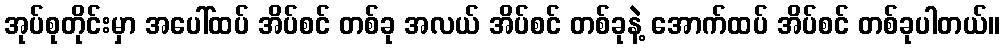
အုပ်စုတိုင်းမှာ အပေါ်ထပ် အိပ်စင် တစ်ခု အလယ် အိပ်စင် တစ်ခုနဲ့ အောက်ထပ် အိပ်စင် တစ်ခုပါတယ်။